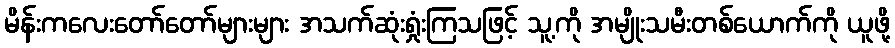
မိန်းကလေးတော်တော်များများ အသက်ဆုံးရှုံးကြသဖြင့် သူ့ကို အမျိုးသမီးတစ်ယောက်ကို ယူဖို့